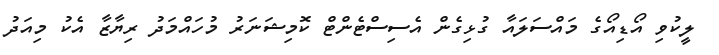
ލީކުވި އޯޑިއޯގެ މައްސަލައާ ގުޅިގެން އެސިސްޓެންޓް ކޮމިޝަނަރު މުހައްމަދު ރިޔާޒާ އެކު މިއަދު